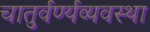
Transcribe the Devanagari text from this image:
चातुर्वर्ण्यव्यवस्था